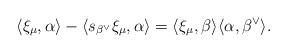
LaTeX: \begin{align*}\langle \xi_\mu,\alpha\rangle-\langle s_{\beta^\vee} \xi_\mu,\alpha\rangle=\langle\xi_\mu,\beta\rangle\langle\alpha,\beta^\vee\rangle .\end{align*}